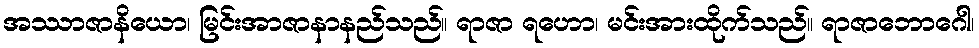
အဿာဇာနိယော၊ မြင်းအာဇာနာနည်သည်။ ရာဇာ ရဟော၊ မင်းအားထိုက်သည်။ ရာဇာဘောဂေါ၊